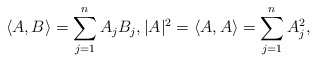
\begin{align*}\langle A,B\rangle=\sum_{j=1}^nA_jB_j, |A|^2=\langle A,A\rangle=\sum_{j=1}^nA_j^2,\end{align*}